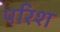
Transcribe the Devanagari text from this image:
परिश